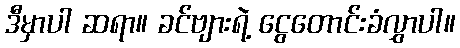
ဒီမှာပါ ဆရာ။ ခင်ဗျားရဲ့ ငွေတောင်းခံလွှာပါ။